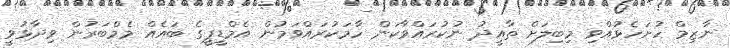
ނާޒިމް ހުށަހެޅުއްވި މިބިލަށް ތާއީދު ނުކުރައްވާކަން ހާމަކުރައްވަމުން އެމްޑީޕީގެ ބައެއް މެމްބަރުން ވިދާޅުވީ